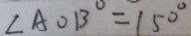
\angle A O B ^ { \circ } = 1 5 0 ^ { \circ }